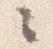
々